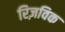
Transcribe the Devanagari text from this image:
रिज़विक